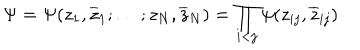
LaTeX: \Psi = \Psi ( z _ { 1 } , \overline { { { z } } } _ { 1 } ; \ldots ; z _ { N } , \overline { { { z } } } _ { N } ) = \prod _ { \scriptstyle i < j } \psi ( z _ { i j } , \overline { { { z } } } _ { i j } )